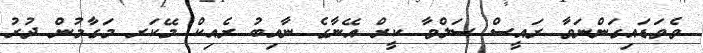
ވެވަޑައިގަންނަވާ ރައީސް ސަލްވާ ކީރް އޭނާގެ ނާއިބު ރެއިކް މޭކަރ މަގާމުން ދުރު